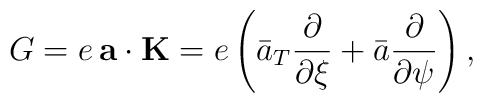
G=e\,{\bf a}\cdot {\bf K}=e\left(\bar a_T\frac{\partial}{\partial \xi}+ \bar a\frac{\partial}{\partial \psi}\right) ,